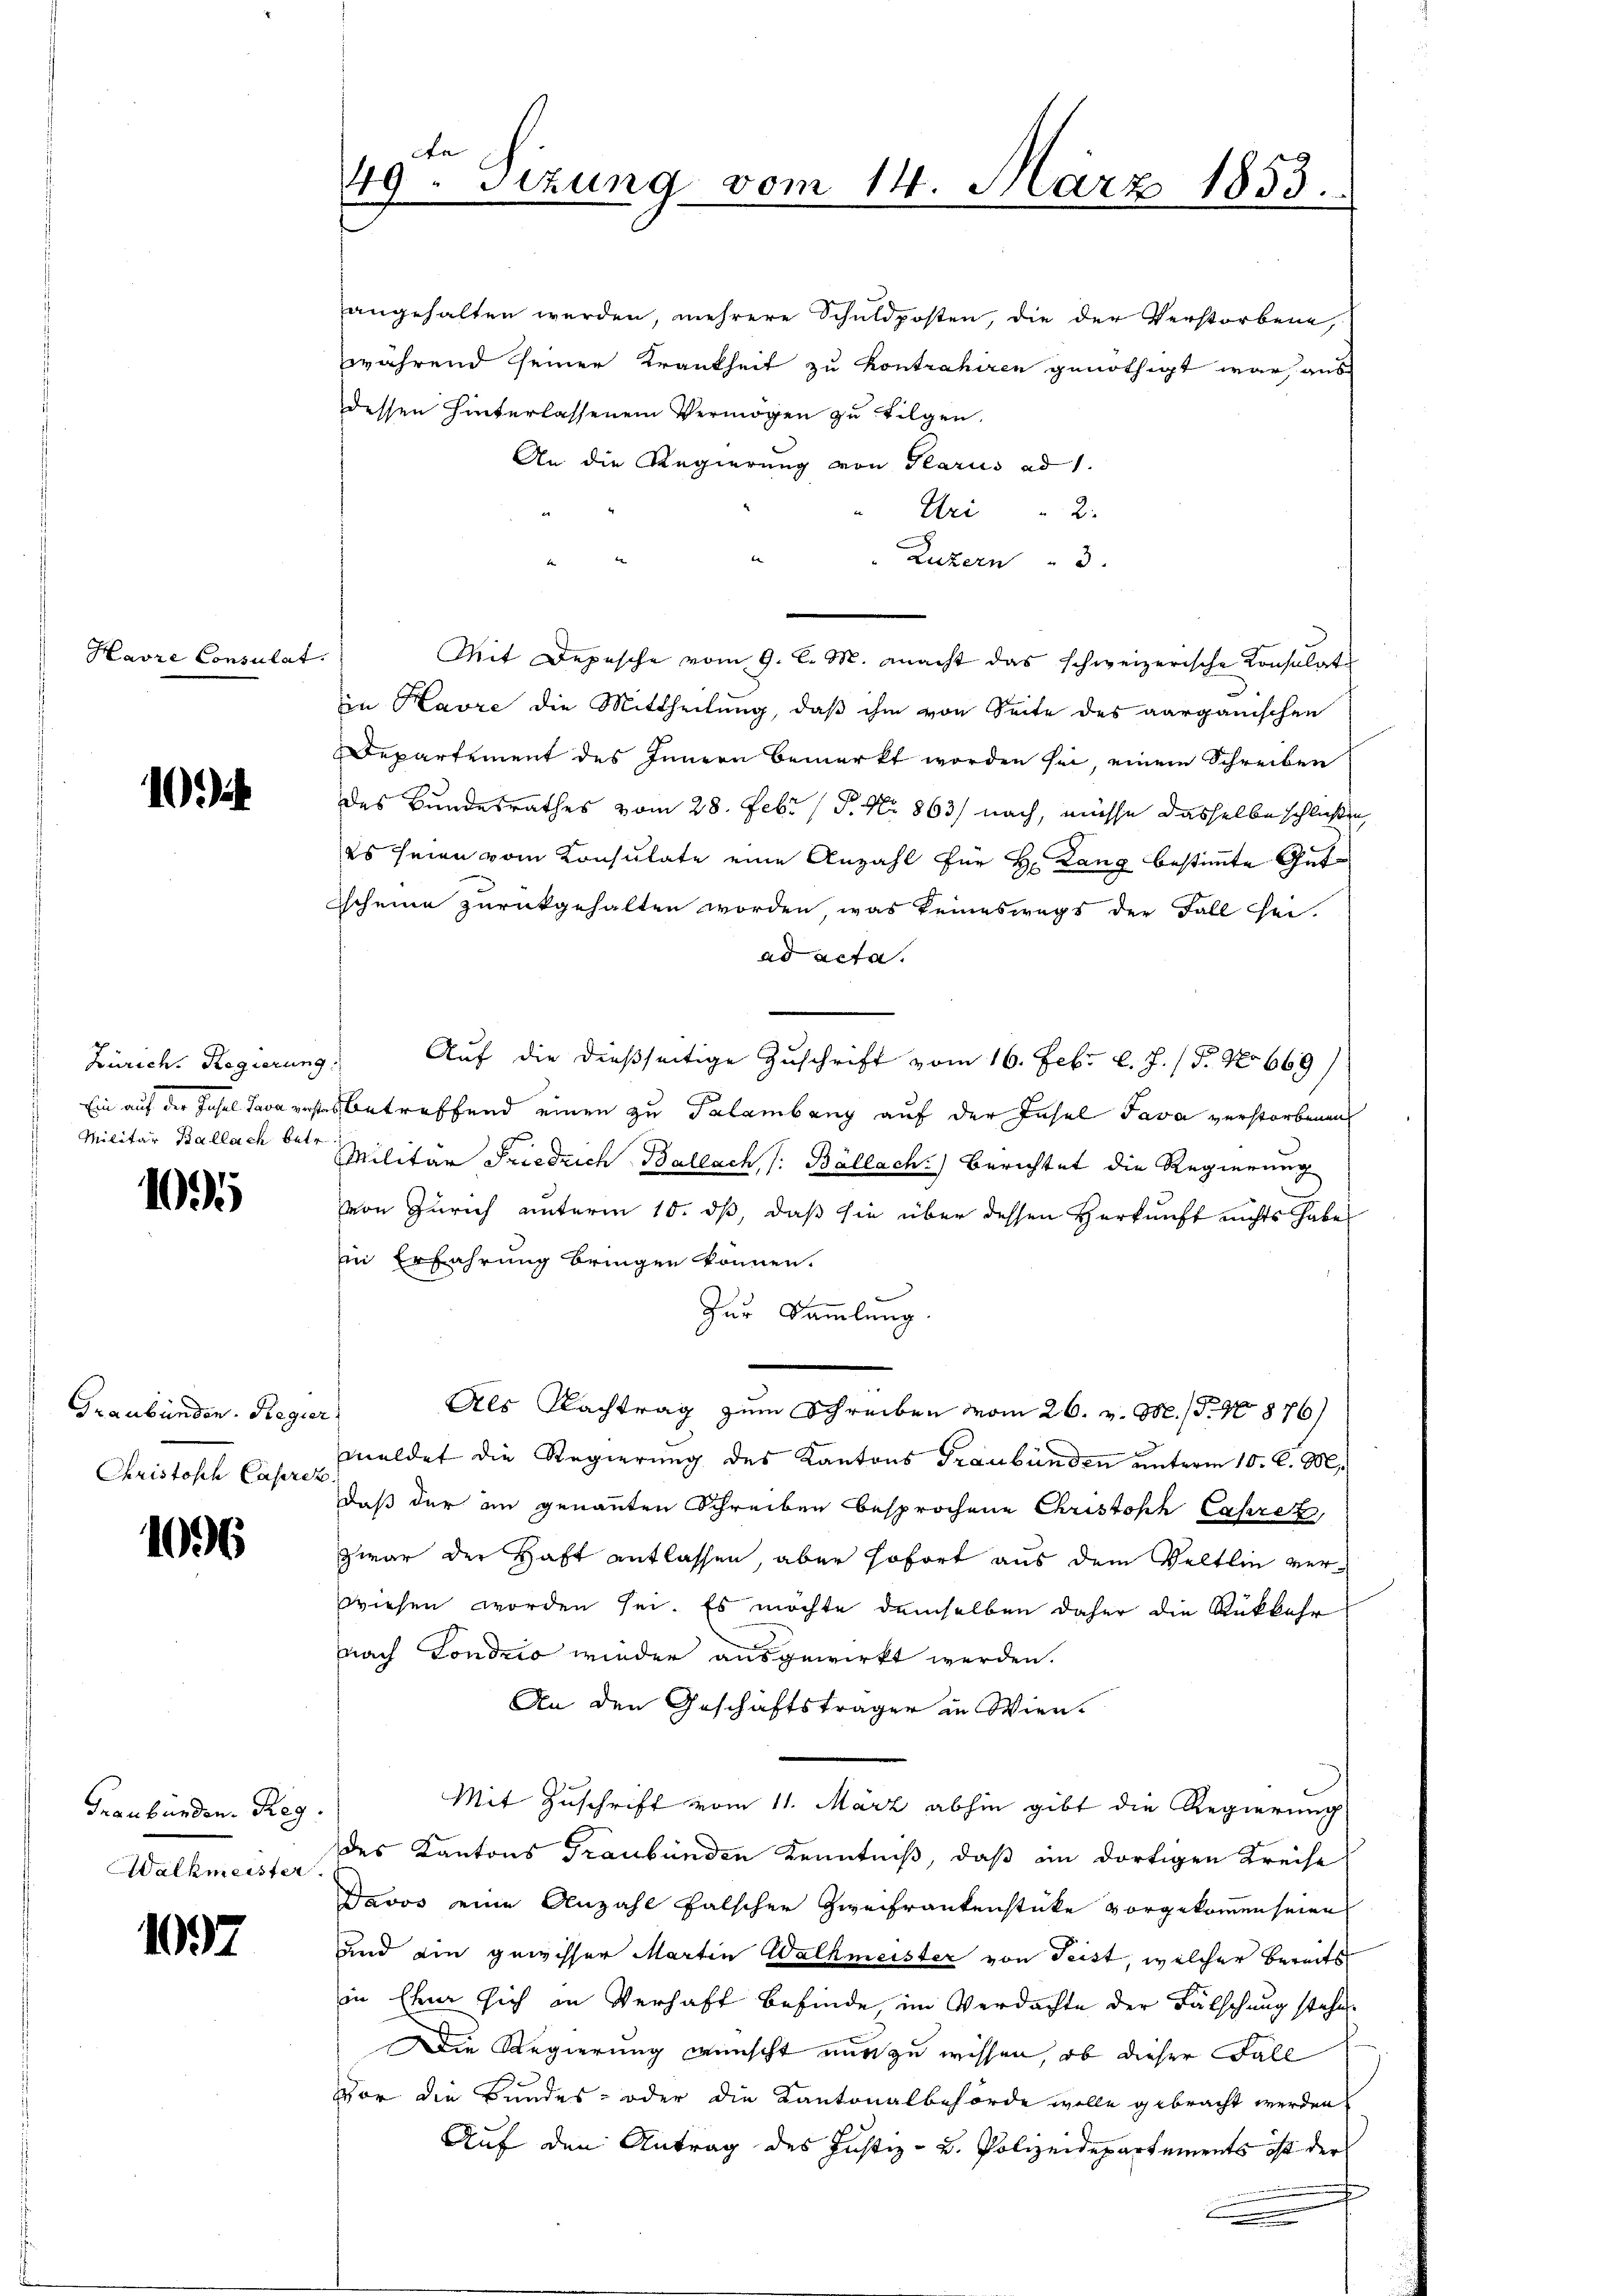
Havre Consulat.

10

Zürich. Regierung
Militär Ballach betr.

1095

Graubünden. Regier
Christofch Caprez.

1006

Graubünden. Reg.
Walkmeister.

1097

angehalten werden, mehrere Schuldposten, die der Verstorbene,
während seiner Krankheit zu kontrahiren genöthigt war, aus
dessen hinterlassenem Vermögen zu folgen.
An die Regierung von Glarus ad 1.
Uri " 2
be
Luzern 3.
Mit Depesche vom 9. d. M. macht das schweizerische Konsulat
in Kavre die Mittheilung, daß ihm von Seite des aargauischen
Departement des Innern bemerkt worden sei, einem Schreiben
des Bundesrathes vom 28. Febr (P. Nr. 863) nach, müsse dasselbe schließen,
es seien vom Konsulate eine Anzahl für H. Lang bestimmte Gutscheine zurückgehalten worden, was keineswegs der Fall hei-
ad acta.
Auf die dießseitige Zuschrift vom 16. Febr. l. J. (T. No 669)
Ein auf der Jusel Javantes betreffend einen zu Palambang auf der Insel Java verstorbenen
Militär Friedrich Ballach, /:Bállach. Berichtet die Regierung
von Zürich unterm 10. ds, daß sie über dessen Herkunft nichts habe
in Erfahrung bringen können.
Zur Sammlung.
Als Nachtrag zum Schreiben vom 26. v. M. (T. No 876)
meldet die Regierung des Kantons Graubünden unterm 10. d. M.
daß der an genannten Schreiben besprochene Christoph Caprez
zwar der Haft entlassen, aber sofort aus dem Veltlin verwiesen worden sei. Es möchte demselben daher die Rükkehr
nach Londzio wieder ausgewirkt werden.
An den Geschäftsträger in Wien.
Mit Zuschrift vom 11. März abhin gibt die Regierung
des Kantons Graubünden Kenntniß, daß im dortigen Kreise
Davos eine Anzahl falscher Zweifrankenstücke vorgekommen seien
und die gewisser Martin Walkmeister von Leist, welcher bereits
in Ehe sich in Verhaft befinde, im Verdachte der Fälschung stehen.
Die Regierung wünscht nun zu wissen, ob dieser Fall
Vor die Bundes- oder die Kantonalbehörde wolle gebracht werden
Auf den Antrag des Justiz- B. Polizeidepartements ist der
m

49. Sizung vom 14. März 1853.